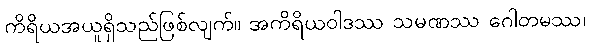
ကိရိယအယူရှိသည်ဖြစ်လျက်။ အကိရိယဝါဒဿ သမဏဿ ဂေါတမဿ၊